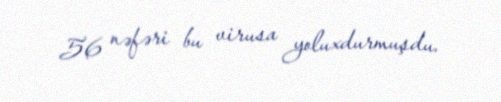
56 nəfəri bu virusa yoluxdurmuşdu.